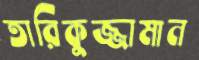
তারিকুজ্জামান